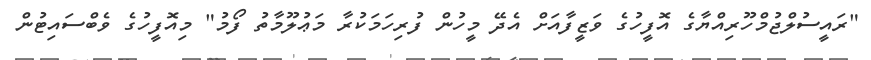
"ރައީސުލްޖުމްހޫރިއްޔާގެ އޮފީހުގެ ވަޒީފާއަށް އެދޭ މީހުން ފުރިހަމަކުރާ މަޢުލޫމާތު ފޯމު" މިއޮފީހުގެ ވެބްސައިޓުން